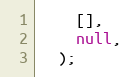
Language: JavaScript
    [],
    null,
  );